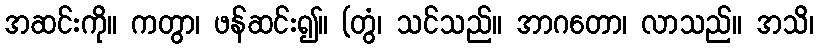
အဆင်းကို။ ကတွာ၊ ဖန်ဆင်း၍။ (တွံ၊ သင်သည်။ အာဂတော၊ လာသည်။ အသိ၊